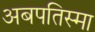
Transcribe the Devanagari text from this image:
अबपतिस्मा